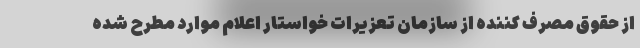
از حقوق مصرف کننده از سازمان تعزیرات خواستار اعلام موارد مطرح شده